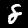
Label: 8